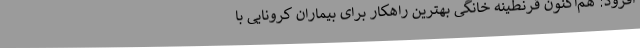
افزود: هم‌اکنون قرنطینه خانگی بهترین راهکار برای بیماران کرونایی با